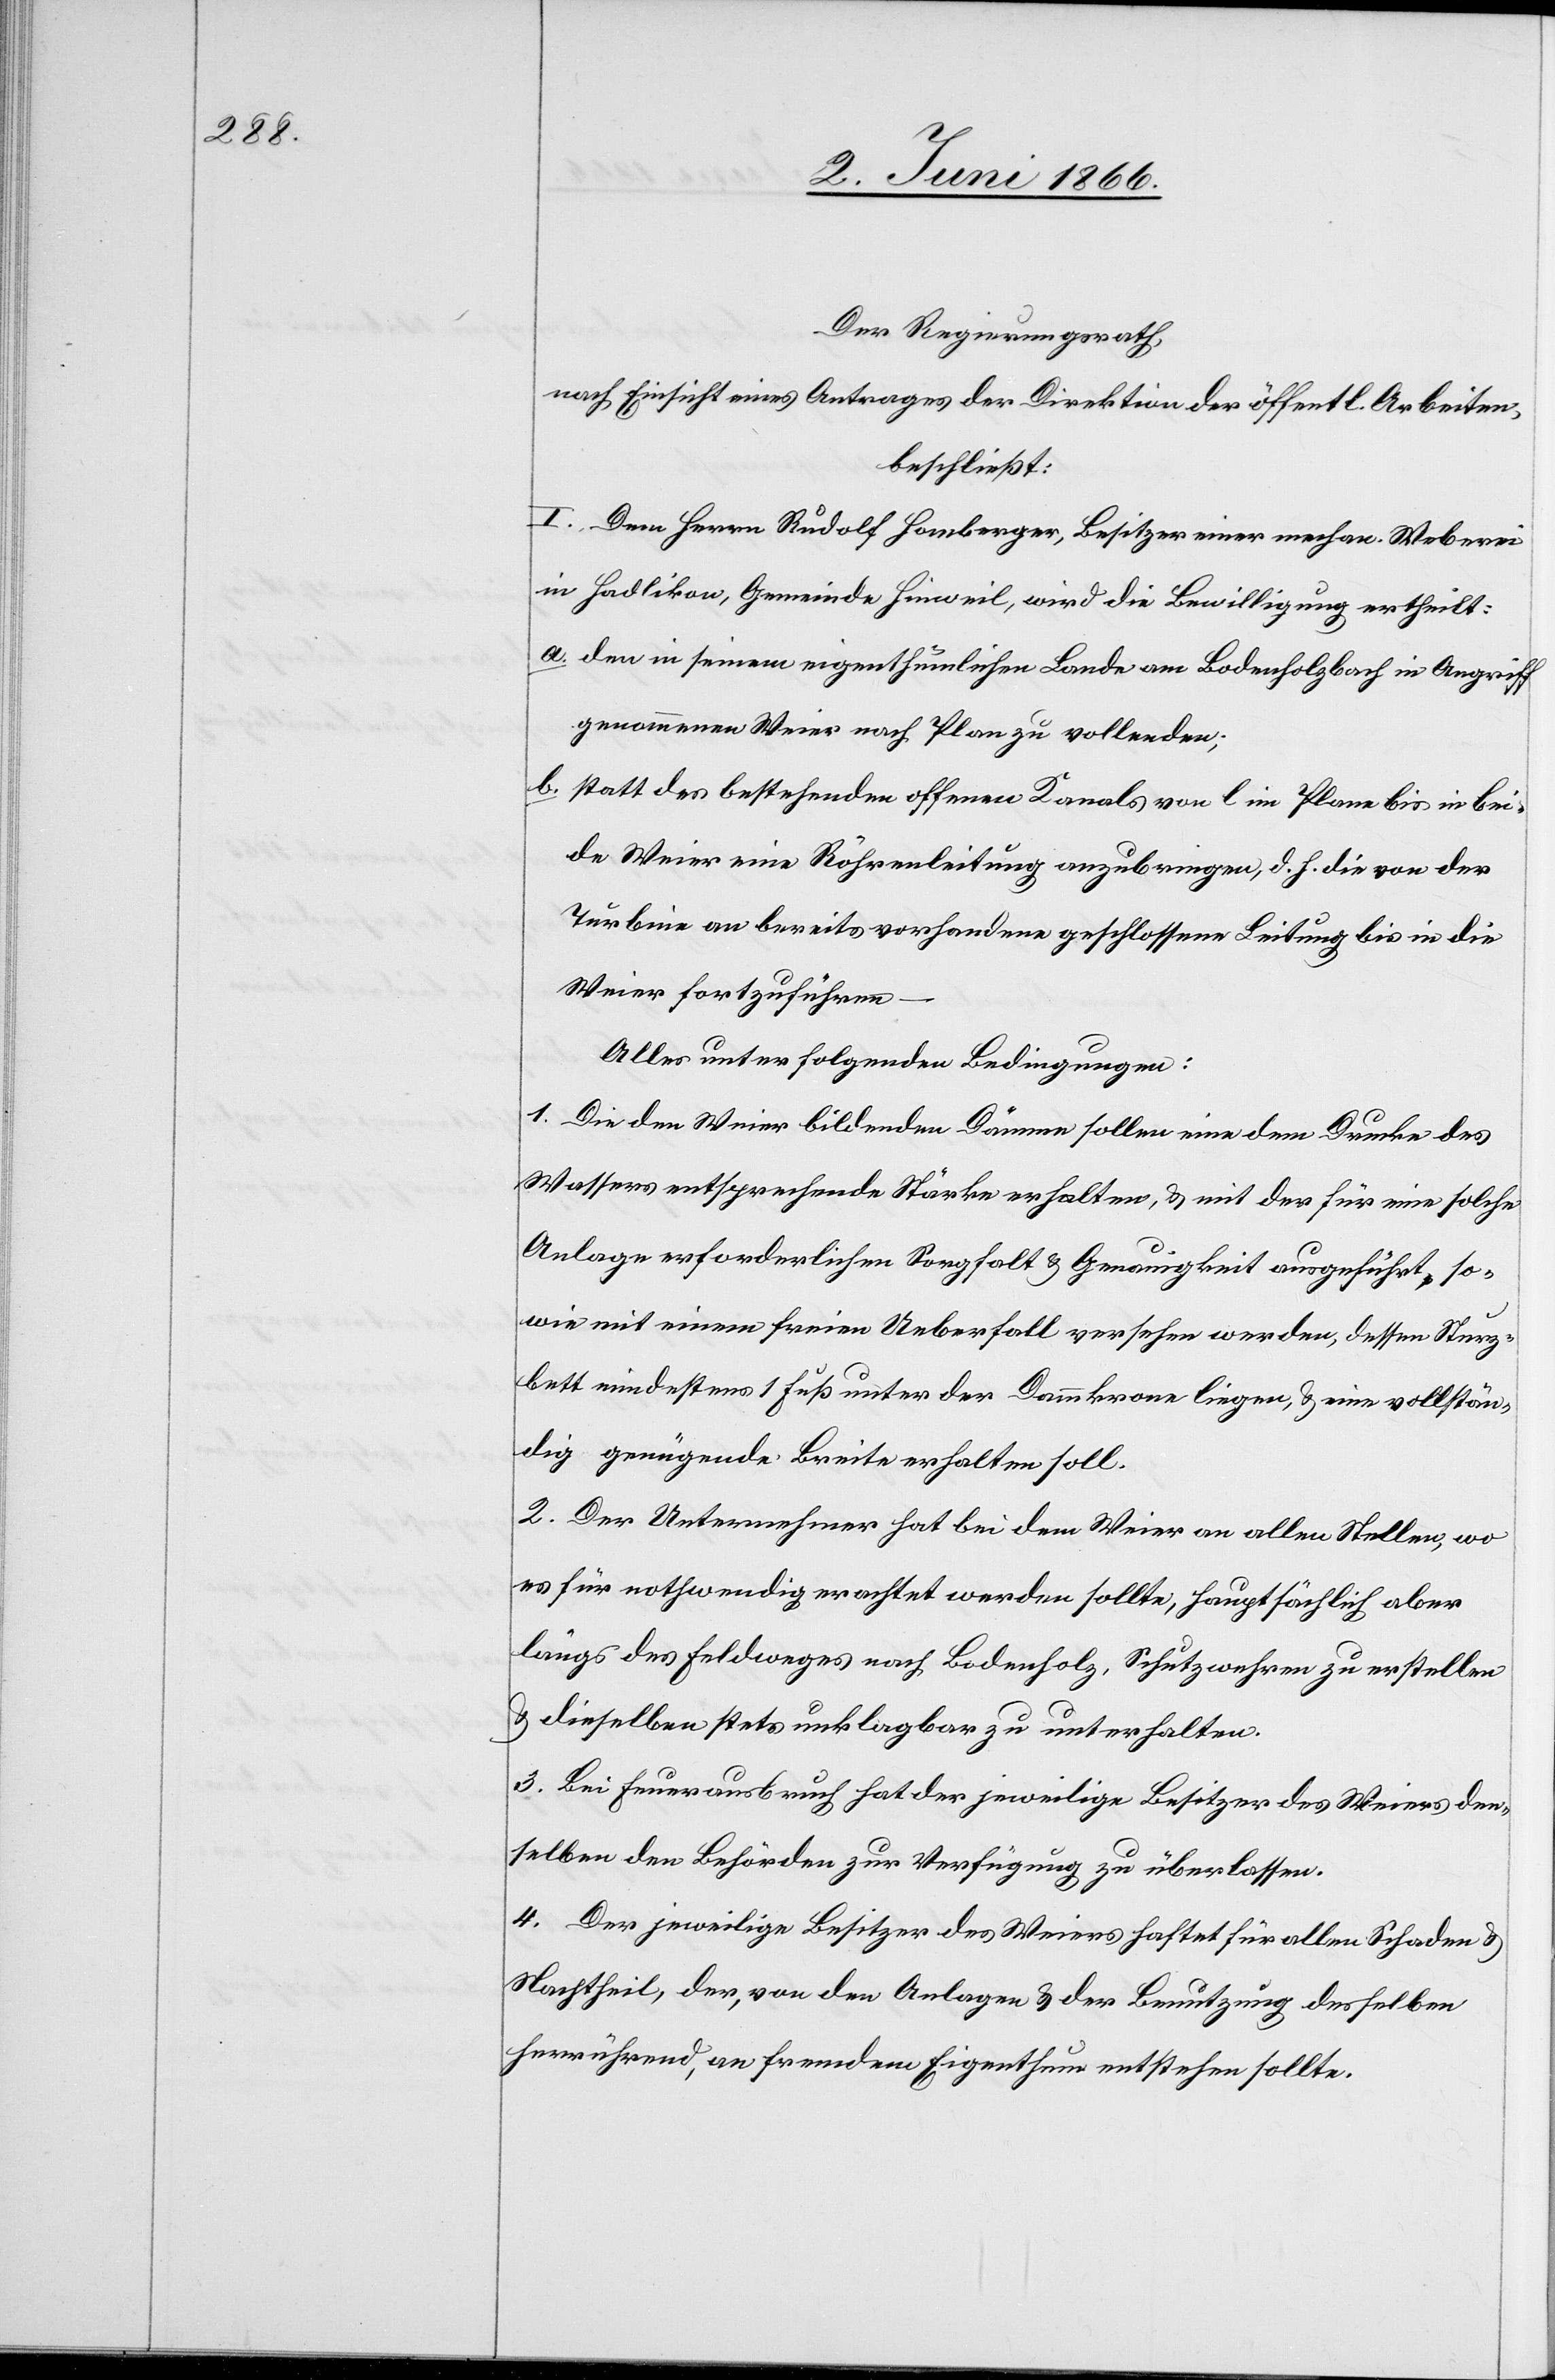
Der Regierungsrath,
nach Einsicht eines Antrages der Direktion der öffentl. Arbeiten,
beschließt:
I. Dem Herrn Rudolf Homberger, Besitzer einer mechan. Weberei
in Hadlikon, Gemeinde Hinweil, wird die Bewilligung ertheilt:
a. den in seinem eigenthümlichen Lande am Bodenholzbach in Angriff
genommenen Weier nach Plan zu vollenden;
b. statt des bestehenden offenen Kanals von l im Plane bis in bei¬
de Weier eine Röhrenleitung anzubringen, d. h. die von der
Turbine an bereits vorhandene geschlossene Leitung bis in die
Weier fortzuführen –
Alles unter folgenden Bedingungen:
1. Die den Weier bildenden Dämme sollen eine dem Drucke des
Wassers entsprechende Stärke erhalten, u. mit der für eine solche
Anlage erforderlichen Sorgfalt u. Genauigkeit ausgeführt so¬
wie mit einem freien Ueberfall versehen werden, dessen Sturz¬
bett mindestens 1 Fuß unter der Dammkrone liegen, u. eine vollstän¬
dig genügende Breite erhalten soll.
2. Der Unternehmer hat bei dem Weier an allen Stellen, wo
es für nothwendig erachtet werden sollte, hauptsächlich aber
längs des Feldweges nach Bodenholz, Schutzwehren zu erstellen
u. dieselben stets unklagbar zu unterhalten.
3. Bei Feuerausbruch hat der jeweilige Besitzer des Weiers den¬
selben den Behörden zur Verfügung zu überlassen.
4. Der jeweilige Besitzer des Weiers haftet für allen Schaden u.
Nachtheil, der, von den Anlagen u. der Benutzung desselben
herrührend, an fremdem Eigenthum entstehen sollte.